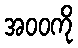
အဝဝကို